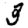
Digit: 3